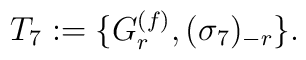
T_7:=\{G_r\sp{(f)},(\sigma_7)\sb{-r}\}.